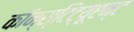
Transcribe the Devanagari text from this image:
कॉन्स्टिट्यूएन्ट